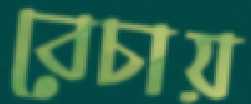
বেচায়